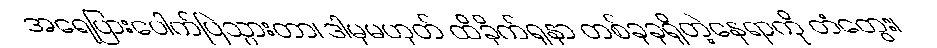
အရေပြားပေါက်ပြဲသွားတာ၊ ဒါမှမဟုတ် ထိခိုက်ရှနာ တစ်ခုခုရှိတဲ့နေရာကို တံတွေး၊